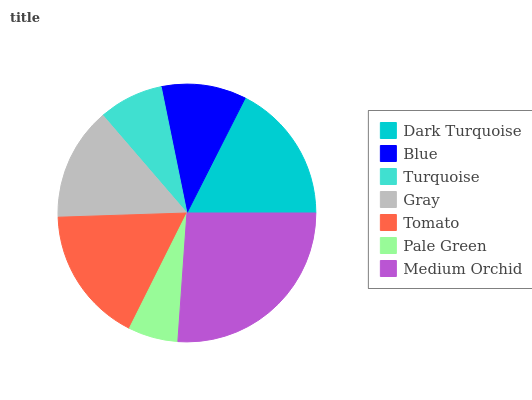
| Dark Turquoise | Blue | Turquoise | Gray | Tomato | Pale Green | Medium Orchid |
 | --- | --- | --- | --- | --- | --- | --- |
 | 17.5% | 10.7% | 8.13% | 14.2% | 17% | 6.26% | 26.1% |